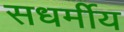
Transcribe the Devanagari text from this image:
सधर्मीय